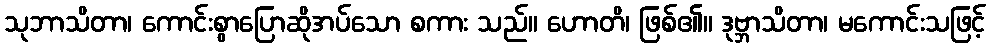
သုဘာသိတာ၊ ကောင်းစွာပြောဆိုအပ်သော စကား သည်။ ဟောတိ၊ ဖြစ်၏။ ဒုဗ္ဘာသိတာ၊ မကောင်းသဖြင့်